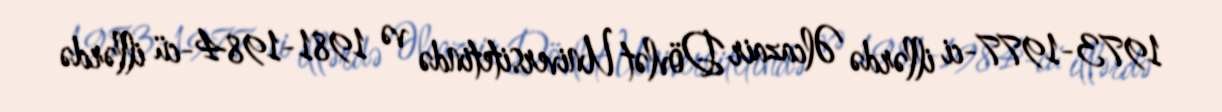
1973-1977-ci illərdə Əlcazair Dövlət Universitetində və 1981-1984-cü illərdə